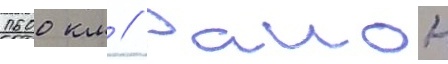
1600 км // Раион